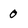
Character: 0